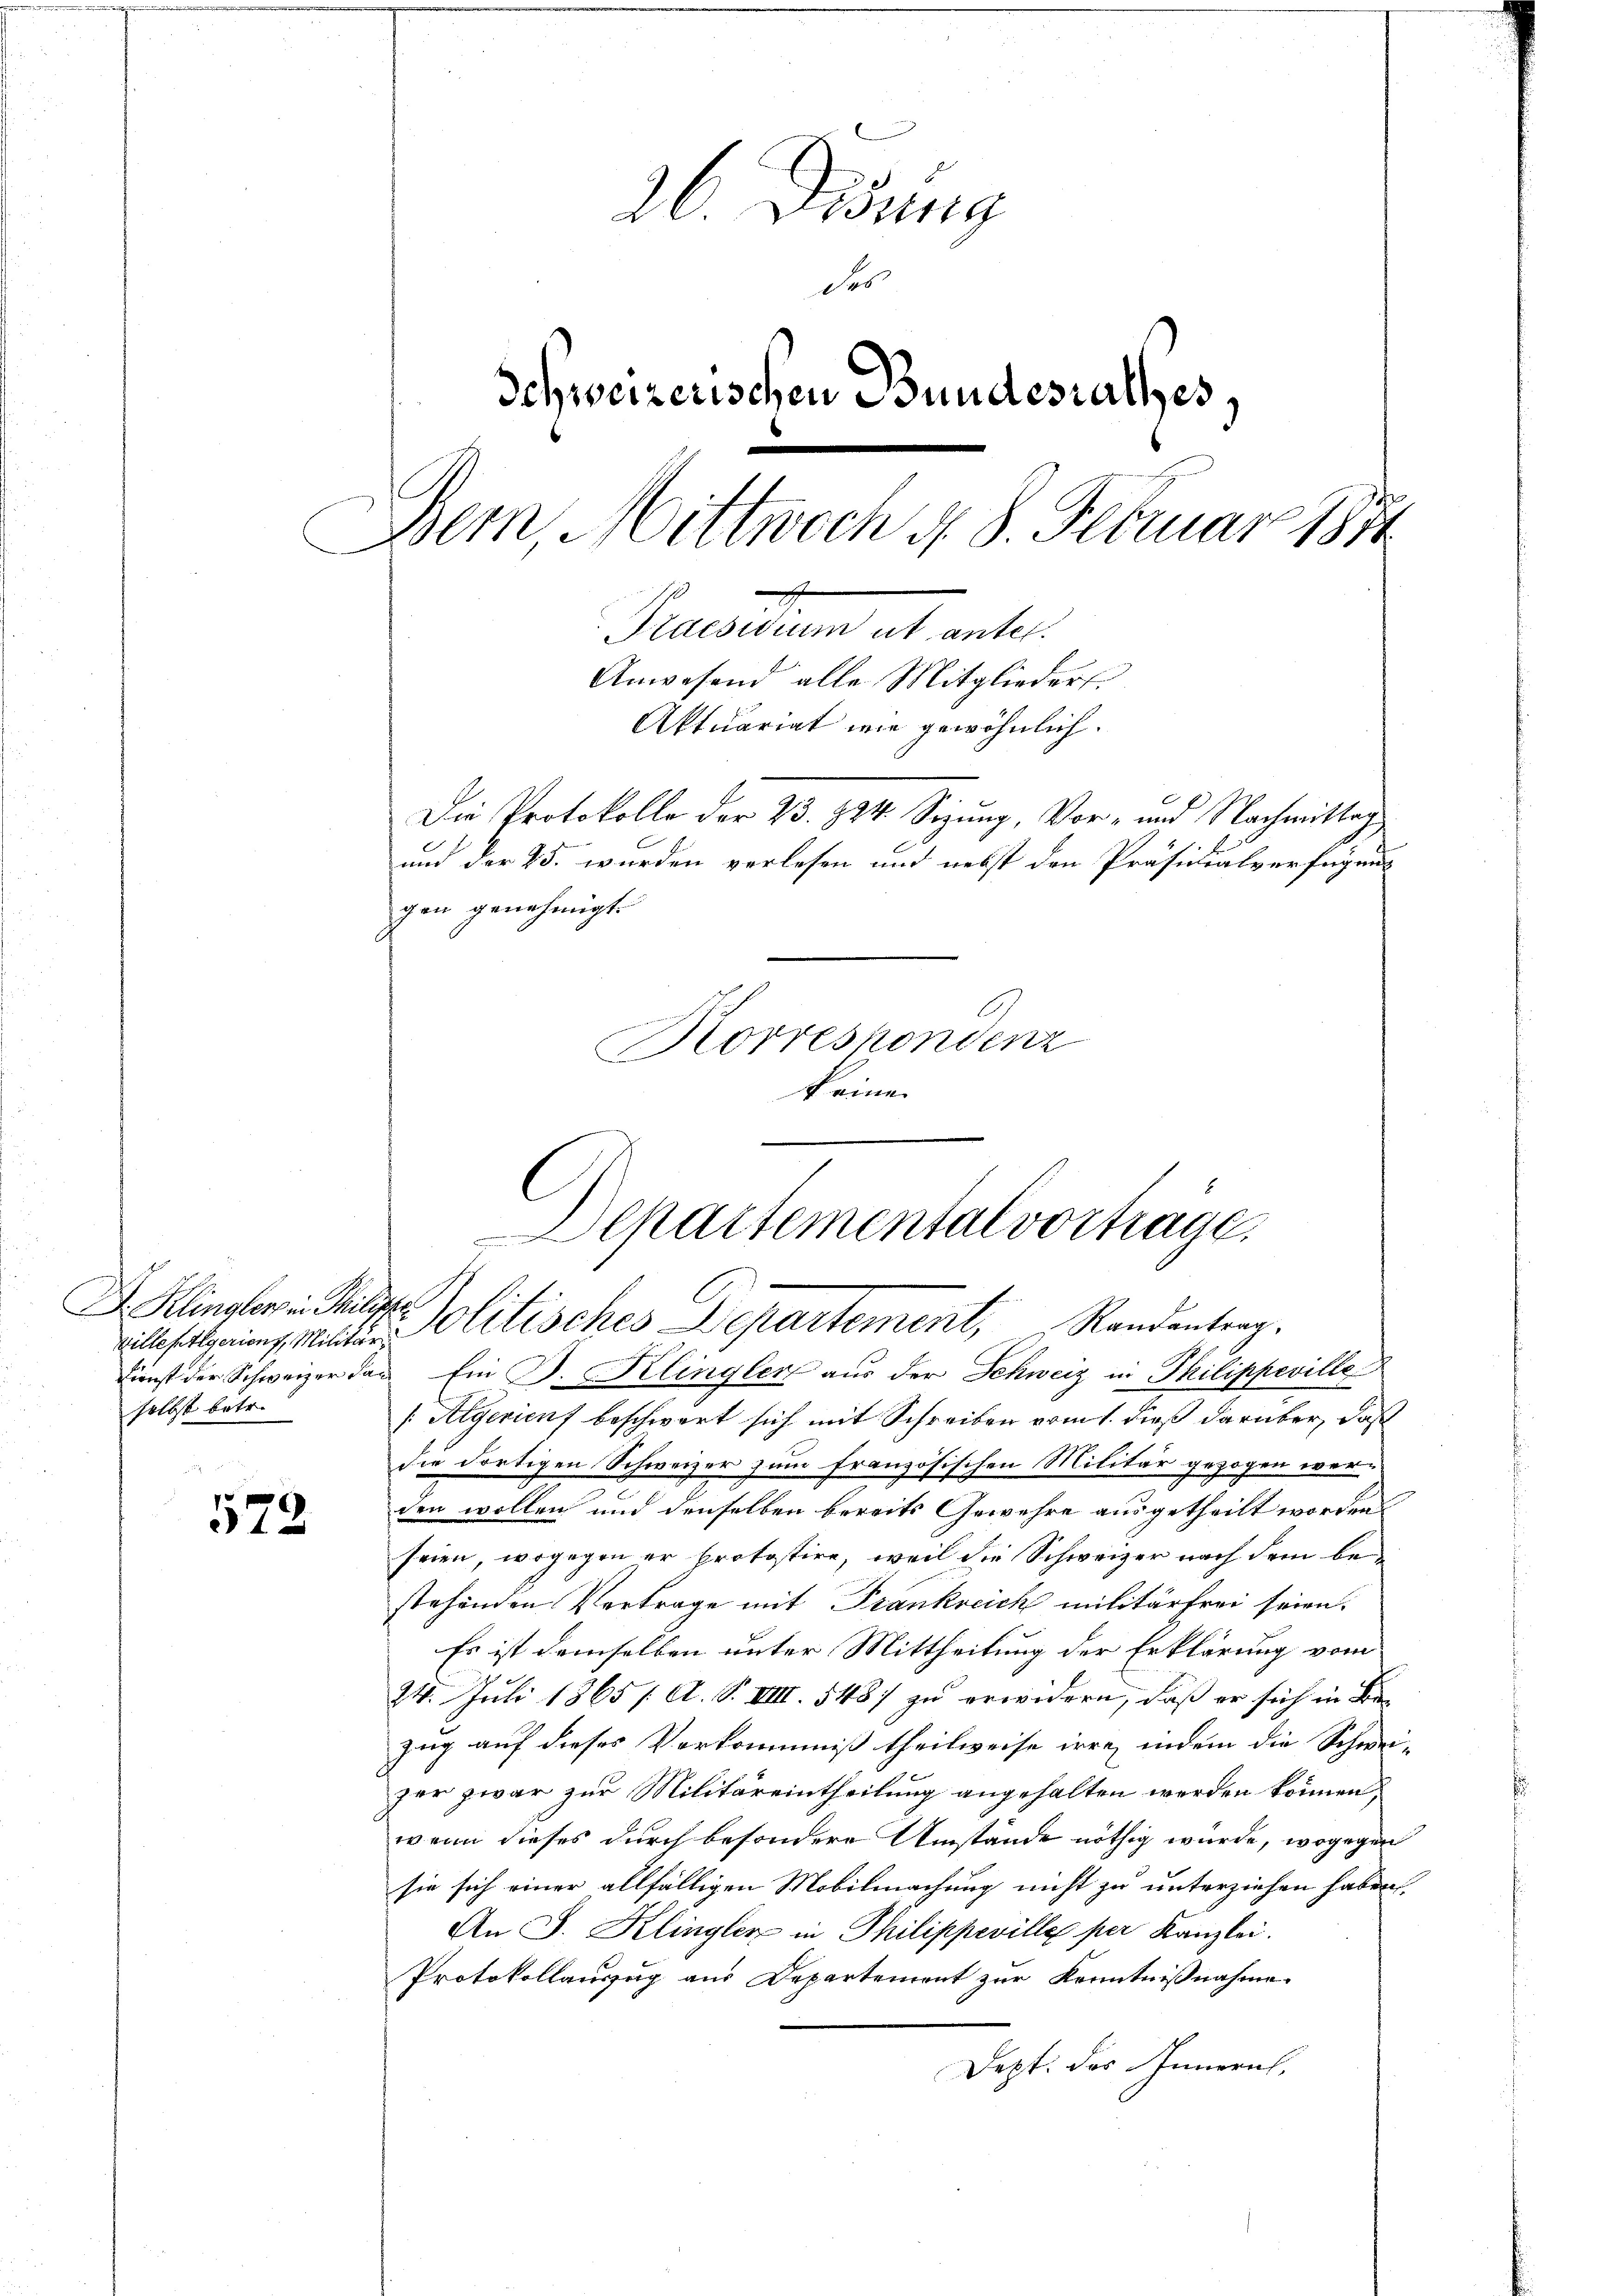
villepilgerient, Militär
selbst betr.

572

26 Disung
Schweizerischen Bundesrathes,
Dem, Mittwoch d. 8. Febuar 1874
t
Praesidium ut ante.
Anwesend alle Mitglieders.
Aktuariat wie gewöhnlich.
Die Protokolle der 23. 224. Sizung, Vor- und Nachmittag
und der 25. wurden verlesen und nebst den Präsidialverfügengen genehmigt.
Korrespondenz
keine

des

Departemental vortrage.
Dr. Klingler in Pilger Politisches Departement, Randantrag.

Dienst der Schweizer das Ein B. Klingler aus der Schweiz in Philippeville
[Algerienf beschwert sich mit Schreiben vom 1. dieß darüber, daß
die dortigen Schweizer zum französischen Militär gezogen werden wollen und denselben bereits Gewehre ausgetheilt worden
seien, wogegen er protostire, weil die Schweizer nach dem be-
stehenden Vertrage mit Frankreich militärfrei seien.
Es ist demselben unter Mittheilung der Erklärung vom
24. Juli 1865 / A. S. VIII. 548 zu erwidern, daß er sich in Be
zug auf dieses Verkommniß theilweise irre, indem die Schwei-
ger zwar zur Militäreintheilung angehalten werden können,
wenn dieses durch besondere Umstände nöthig wurde, wogegen
sie sich einer allfälligen Mobilmachung nicht zu unterziehen haben.
An J. Klingler in Philippeville per Kanzlei.
Protokollauszug aus Departement zur Kenntnißnahme.
Jetzt. des Innern,